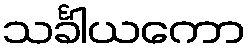
သင်္ခါယကော